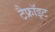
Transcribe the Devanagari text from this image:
टैफ्रॉइट